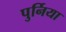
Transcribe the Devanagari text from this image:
पुर्निया